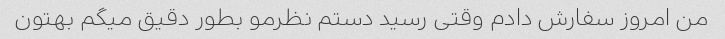
من امروز سفارش دادم وقتی رسید دستم نظرمو بطور دقیق میگم بهتون